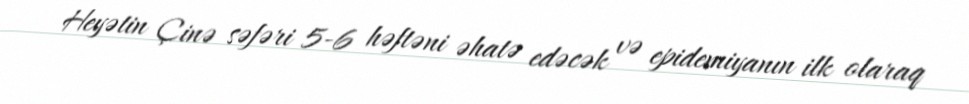
Heyətin Çinə səfəri 5-6 həftəni əhatə edəcək və epidemiyanın ilk olaraq